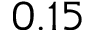
0 . 1 5